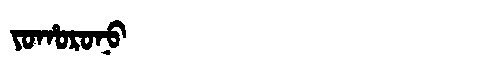
Manchu: ᠶᠣᡥᠣᡵᠣᠨᠣ
Romanization: YOHORONO